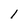
Character: l